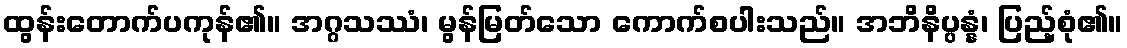
ထွန်းတောက်ပကုန်၏။ အဂ္ဂသဿံ၊ မွန်မြတ်သော ကောက်စပါးသည်။ အဘိနိပ္ပန္နံ၊ ပြည့်စုံ၏။